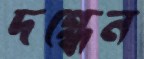
দগ্ধেন